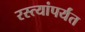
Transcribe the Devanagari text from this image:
रस्त्यांपर्यंत